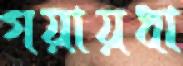
গয়ায়ধা